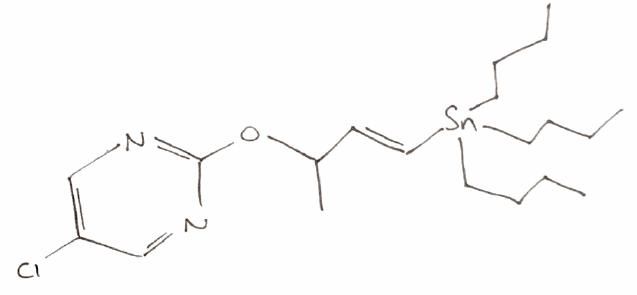
Simplified molecular-input line-entry system (SMILES) notation of the given molecule:
CCCC[Sn](CCCC)(CCCC)/C=C/C(C)OC1=NC=C(C=N1)Cl